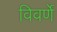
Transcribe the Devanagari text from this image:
विवर्णे